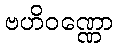
ဗဟိဝဏ္ဏော